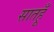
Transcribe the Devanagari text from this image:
सातहूँ